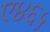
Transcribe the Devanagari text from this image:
ए४६५